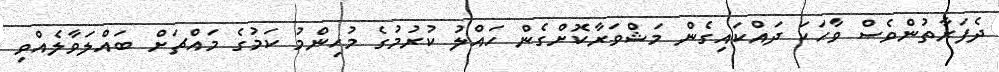
ދެފަރާތުންވެސް ވާހަކަ ދައްކައިގެން މަޝްވަރާކޮށްގެން ހައްލު ކުރުމުގެ މުހިންމު ކަމުގެ މައްޗަށް ބައްލަވާލެއްވި